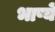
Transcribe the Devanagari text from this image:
भाष्यें